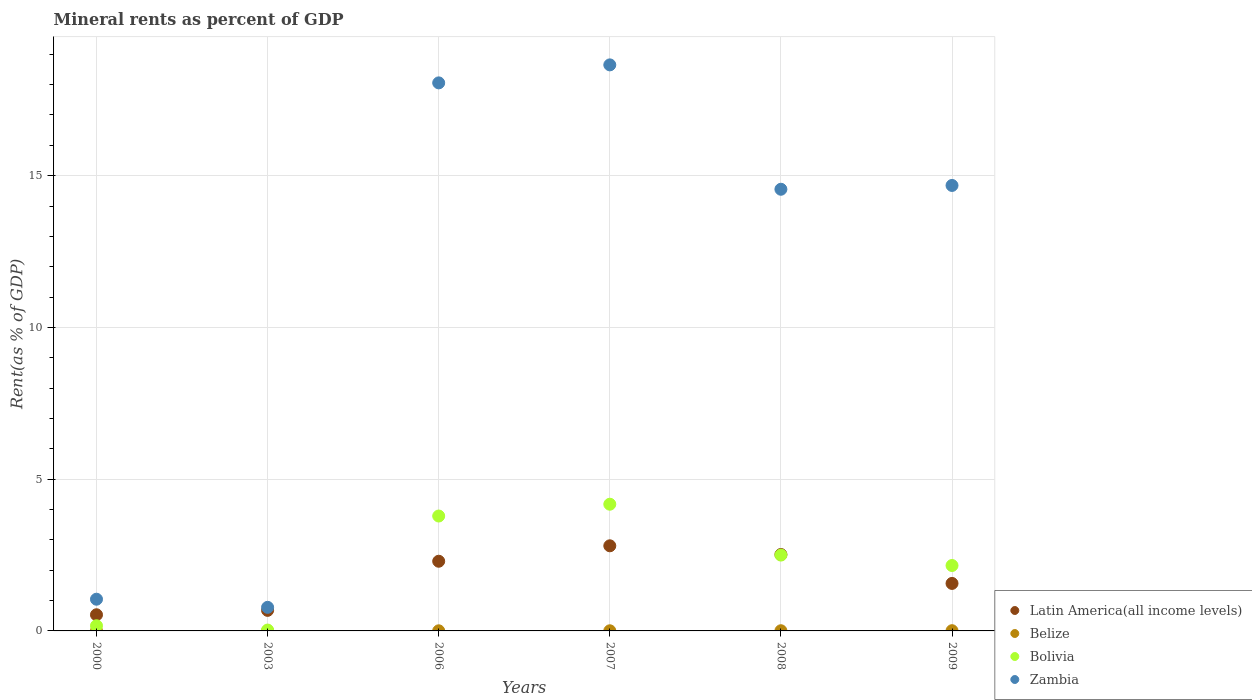
| Years | Latin America(all income levels) | Belize | Bolivia | Zambia |
 | --- | --- | --- | --- | --- |
 | 2000 | 0.532 | 9.42e-05 | 0.17 | 1.04 |
 | 2003 | 0.677 | 0.000285 | 0.0285 | 0.777 |
 | 2006 | 2.3 | 0.00387 | 3.79 | 18.1 |
 | 2007 | 2.8 | 0.00456 | 4.17 | 18.7 |
 | 2008 | 2.52 | 0.00606 | 2.5 | 14.6 |
 | 2009 | 1.57 | 0.00768 | 2.16 | 14.7 |